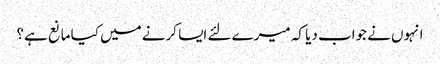
انہوں نے جواب دیا کہ میرے لئے ایسا کرنے میں کیا مانع ہے؟